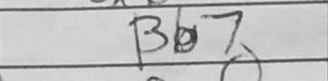
Transcription: Bb7